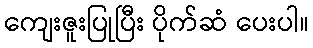
ကျေးဇူးပြုပြီး ပိုက်ဆံ ပေးပါ။